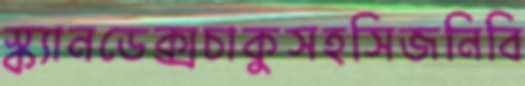
স্ক্যানডেক্সচাকুসহসিজনিবি